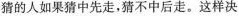
猜的人如果猜中先走，猜不中后走。这样决